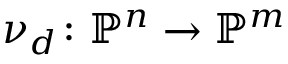
\nu _ { d } \colon \mathbb { P } ^ { n } \to \mathbb { P } ^ { m }